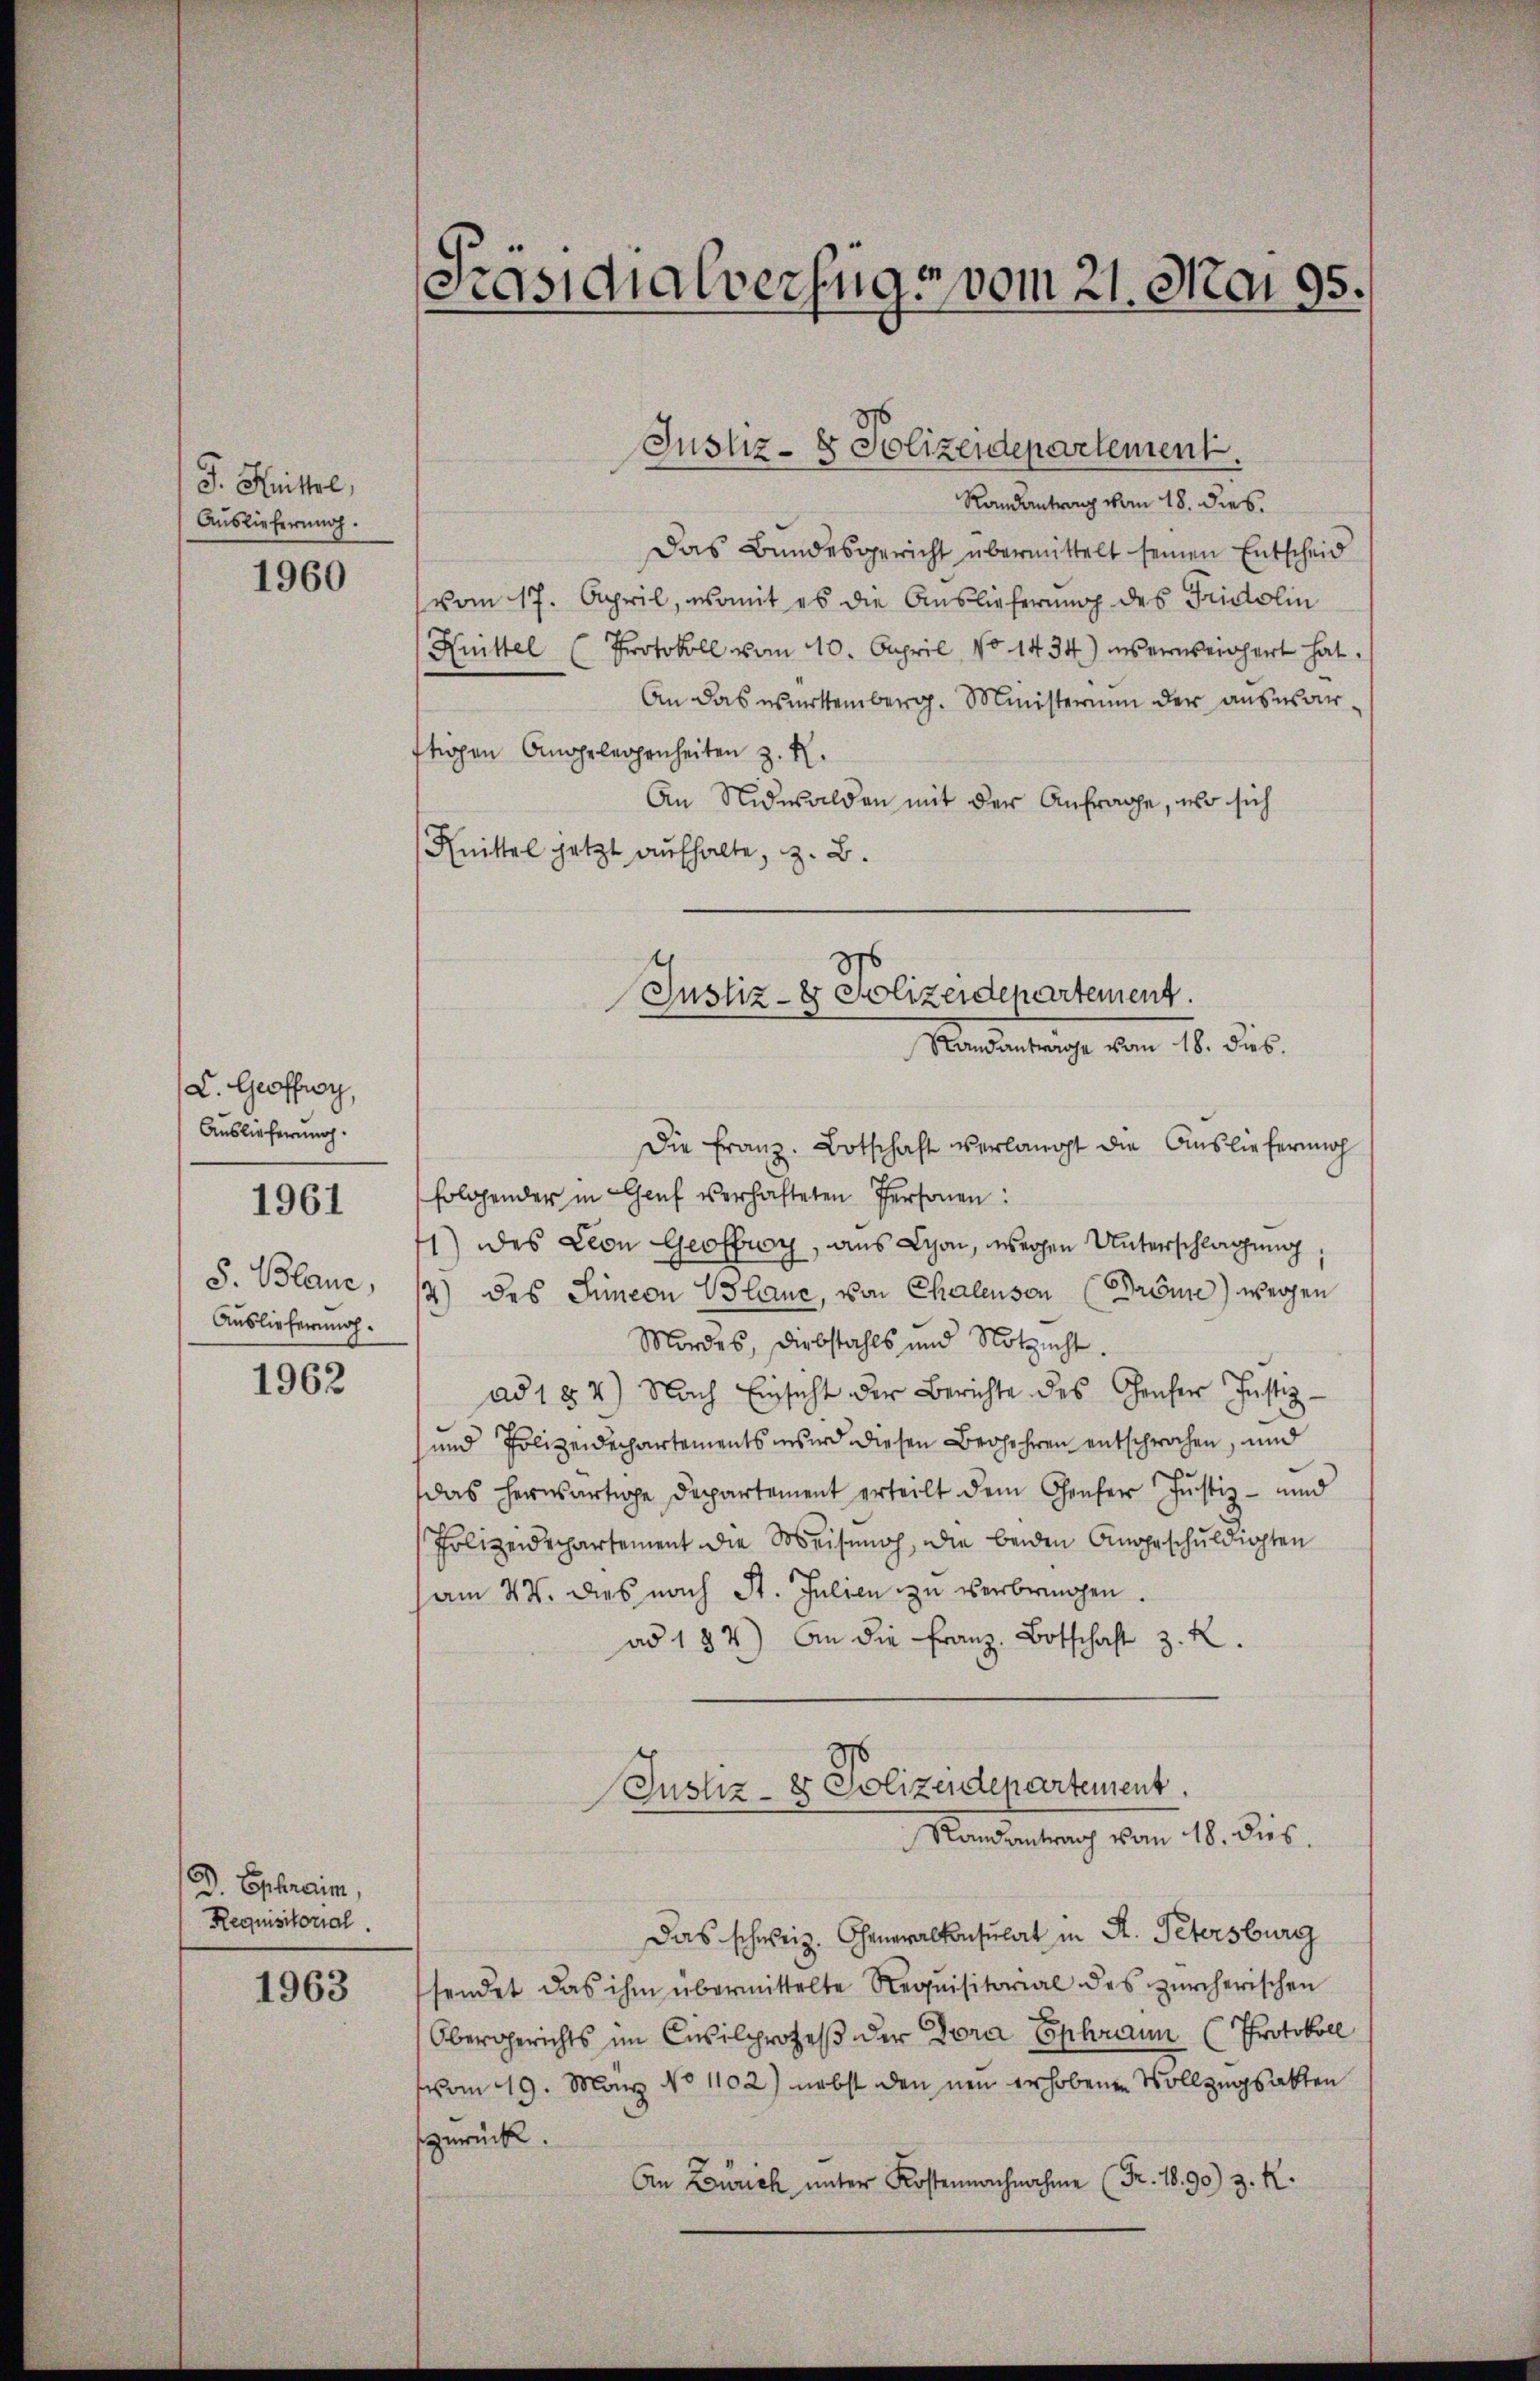
J. Knittel,
Auslieferung.

1960

L. Geoffwy,
Auslieferung.

1961

S. Blaue,
Auslieferung.

1962

D. Ephraim,
Requisitorial.

1963

Präsidialverzugs vom 21. Mai 95.

Justiz- & Polizeidepartement.

Randantrag vom 18. dies
Das Bundesgericht übermittelt seinen Entscheid
vom 17. April, womit es die Auslieferung des Fridolin
Kuittel (Protokoll vom 10. April No 1434) ins erweichert hat.
An das wartemberg. Ministerium der auswärftrogen Angelegenheiten z. R.
An Nidwalden mit der Anfrage, wo sich
Knittel jetzt aufhalte, z. B.
Die Franz. Botschaft verlangt die Auslieferung
folgender in Genf verhafteten Personen:
1) des Leon Geoffry, aus Lyon, wegen Unterschlagung
2) des Simeon Plane, von Chalenson (Dröme) wegen
Mordes, Diebstahls und Notzucht.
ad 184) Nach Einsicht der Berichte des Genfer Justiz-
und Polizeidechartements wird diesen Begehren entsprochen, und
das herwärtige Departement erteilt dem Genfer Justiz- und
Polizeidepartement die Meisenoch, die beiden Angeschuldigten
am 27. dies nach St. Julien zu verbringen.
ad 182) An die Franz, Botschaft z. R.
3
Justiz- & Polizeidepartement.
Randantrag vom 18. dies
Das schweiz. Generalkonsulat in K. Petersburg
sendet das ihm übermittelte Requisitorial des zürcherischen
Obergerichts im Civilprozeß der Tora Ephraun (Protokoll
vom 19. März No 1102) nebst den neu erhobenen Vollzugsakten
zurück.
An Zürich unter Kostennachnahme (Fr. 18. 90) z. R.

Justiz- & Polizeidepartement.
Standantrage vom 18. dies.